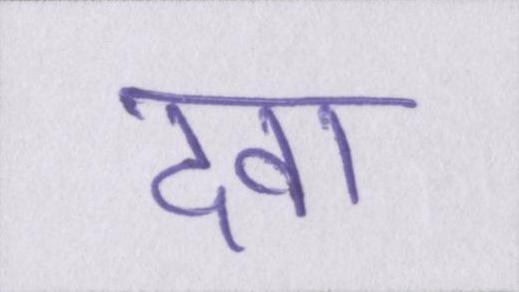
दवा